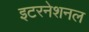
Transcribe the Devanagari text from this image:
इटरनेशनल